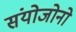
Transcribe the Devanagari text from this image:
संयोजोनो